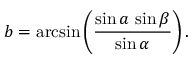
b = \arcsin \left( { \frac { \sin a \, \sin \beta } { \sin \alpha } } \right) .